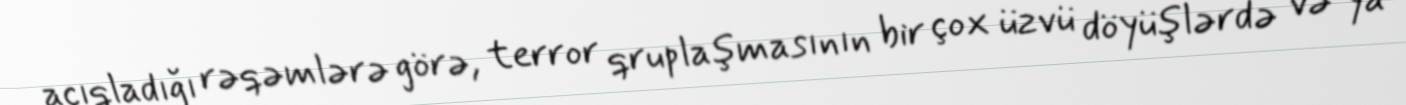
açıqladığı rəqəmlərə görə, terror qruplaşmasının bir çox üzvü döyüşlərdə və ya